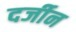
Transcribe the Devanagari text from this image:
दर्जीन